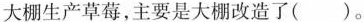
大棚生产草莓，主要是大棚改造了( )。